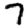
Digit: 7